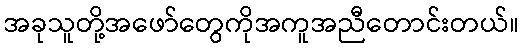
အခုသူတို့အဖော်တွေကိုအကူအညီတောင်းတယ်။